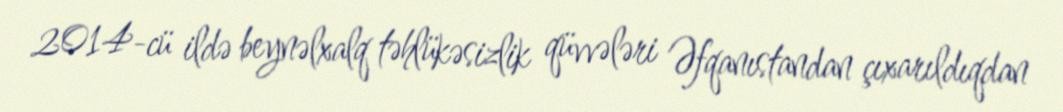
2014-cü ildə beynəlxalq təhlükəsizlik qüvvələri Əfqanıstandan çıxarıldıqdan